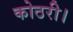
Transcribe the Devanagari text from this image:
कोठरी।